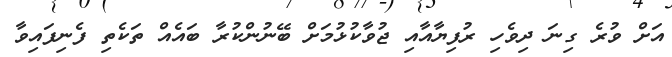
އަށް ވުރެ ގިނަ ދިވެހި ރުފިޔާއާއި ޖުވާކުޅުމަށް ބޭނުންކުރާ ބައެއް ތަކެތި ފެނިފައިވާ